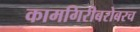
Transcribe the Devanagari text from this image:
कामगिरीबरोबरच